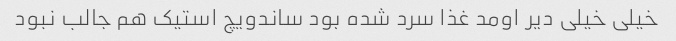
خیلی خیلی دیر اومد غذا سرد شده بود ساندویچ استیک هم جالب نبود